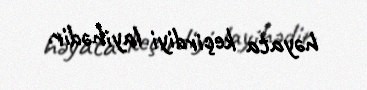
həyata keçirdiyi layihədir.